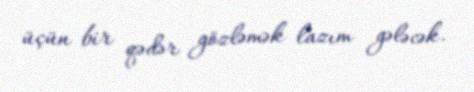
üçün bir qədər gözləmək lazım gələcək.